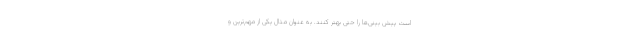
است پیش بینی‌ها را حتی بهتر کنند. به عنوان مثال یکی از مهم‌ترین و